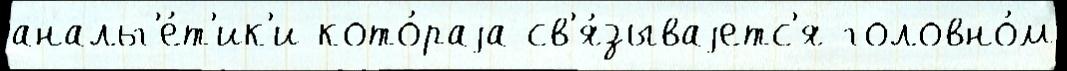
анальг'е́т'ик'и кото́раjа св'я́зываjетс'я головно́м